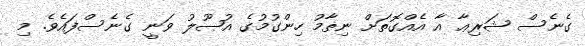
ގެނެސް ޝަރިޢާ އާ އެއްގޮތަށް ނިޡާމު ހިންގުމުގެ އުޞޫލު ވަނީ ގެނެސްފައެވެ. މި